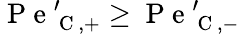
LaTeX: \mathrm{~P~e~}_{\mathrm{~C~},+}^{\prime}\geq\mathrm{~P~e~}_{\mathrm{~C~},-}^{\prime}